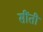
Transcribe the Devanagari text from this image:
सींती